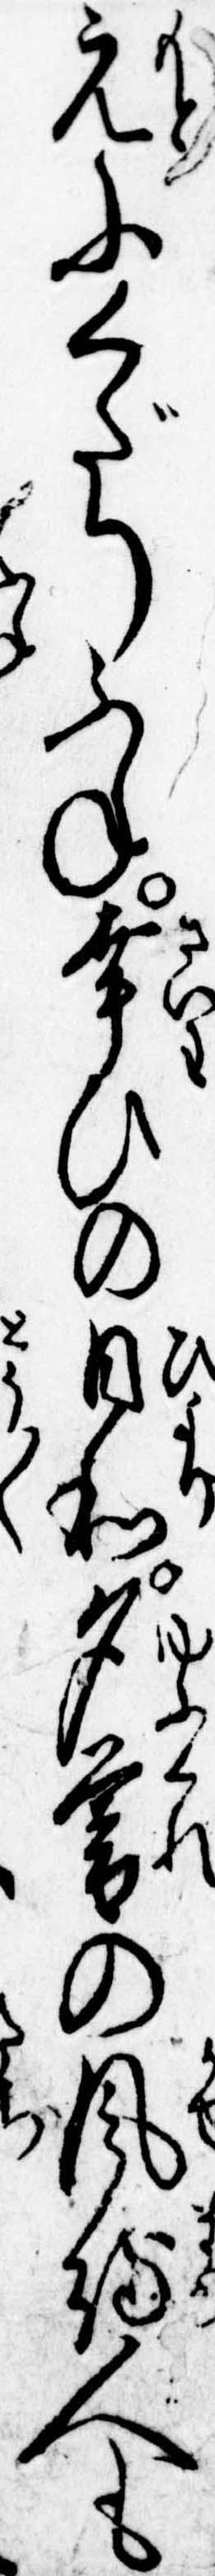
元にくだりふね幸ひの日和夕暮の風待人も